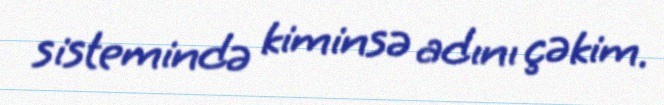
sistemində kiminsə adını çəkim.